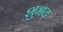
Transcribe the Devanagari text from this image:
शुभद